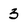
Character: 3